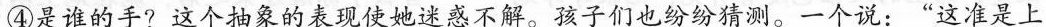
④是谁的手?这个抽象的表现使她迷惑不解。孩子们也纷纷猜测。一个说：”这准是上